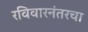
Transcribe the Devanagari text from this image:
रविवारनंतरचा